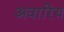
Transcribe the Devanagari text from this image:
अवारिय